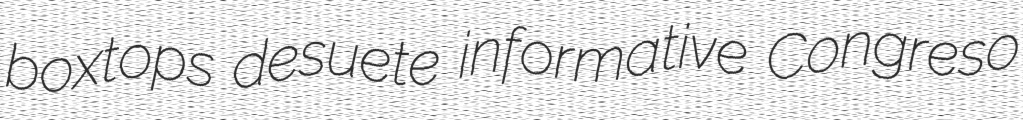
boxtops desuete informative Congreso